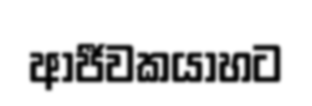
ආජීවකයාහට